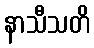
နာသီသတိ